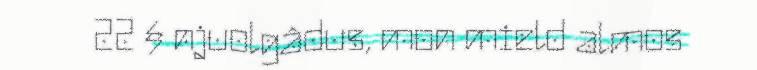
22 § njuolgâdus, mon mield almos